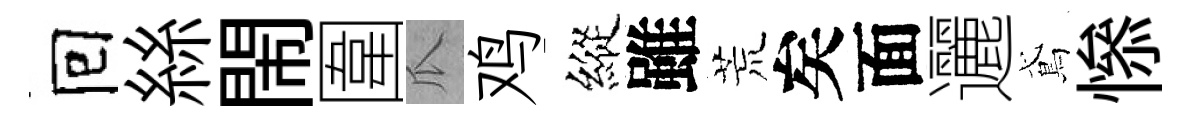
囘絲閙圍瓜鸡縱雖荒矣面邐鳶𢡖